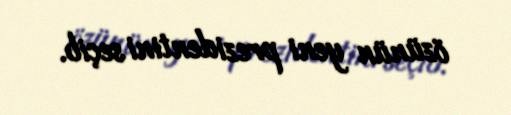
özünün yeni prezidentini seçib.